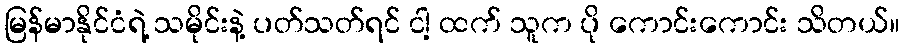
မြန်မာနိုင်ငံရဲ့ သမိုင်းနဲ့ ပတ်သတ်ရင် ငါ့ ထက် သူက ပို ကောင်းကောင်း သိတယ်။